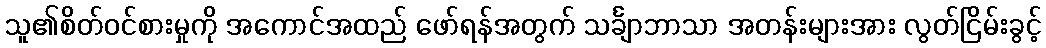
သူ၏စိတ်ဝင်စားမှုကို အကောင်အထည် ဖော်ရန်အတွက် သင်္ချာဘာသာ အတန်းများအား လွတ်ငြိမ်းခွင့်